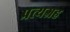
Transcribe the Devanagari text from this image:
प्रत्यग्रह